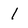
Character: 1